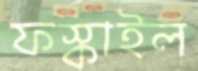
ফস্‌কাইল